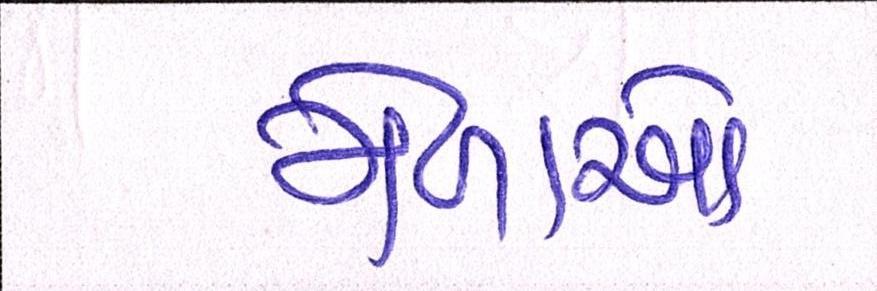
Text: મેળાઓ